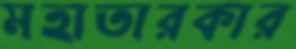
মহাতারকার